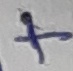
Text: +